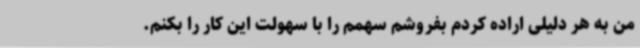
من به هر دلیلی اراده کردم بفروشم سهمم را با سهولت این کار را بکنم.